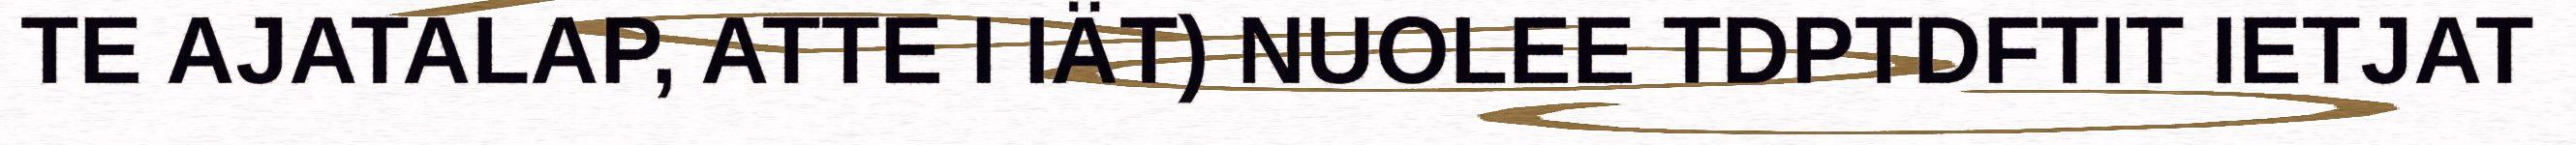
TE AJATALAP, ATTE I IÄT) NUOLEE TDPTDFTIT IETJAT